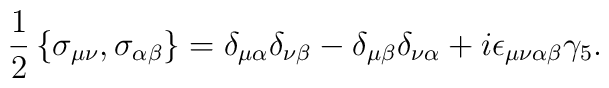
\frac{1}{2}\left \{\sigma_{\mu \nu},\sigma_{\alpha \beta}\right \}=\delta_{\mu \alpha} \delta_{\nu \beta}-\delta_{\mu \beta} \delta_{\nu \alpha}+ i \epsilon_{\mu \nu \alpha \beta} \gamma_{5}.